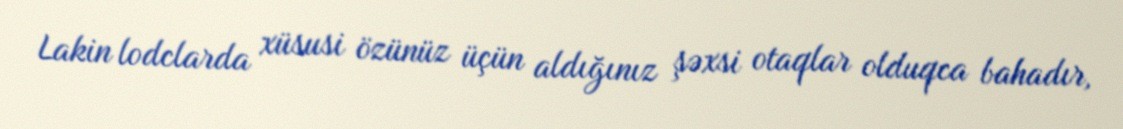
Lakin lodclarda xüsusi özünüz üçün aldığınız şəxsi otaqlar olduqca bahadır,